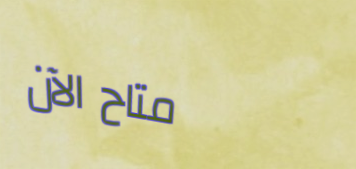
متاح الآن